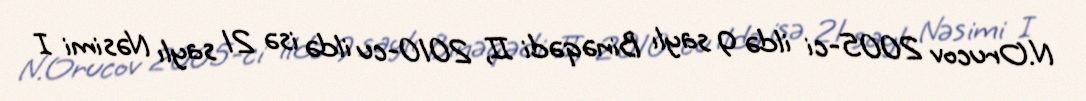
N.Orucov 2005-ci ildə 9 saylı Binəqədi II, 2010-cu ildə isə 21 saylı Nəsimi I